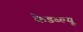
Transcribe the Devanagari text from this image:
केडब्ल्यू